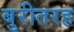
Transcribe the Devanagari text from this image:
बुरीतरह